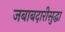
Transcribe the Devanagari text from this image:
जबाबदारीसुद्धा